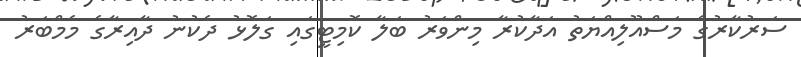
ސަރުކާރުގެ މަސްއޫލިއްޔަތު އަދާކުރާ މިންވަރު ބަލާ ކޮމިޓީގައި ގަލޮޅު ދެކުނު ދާއިރާގެ މެމްބަރު